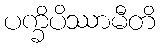
ပက္ခိပိဿာမီတိ